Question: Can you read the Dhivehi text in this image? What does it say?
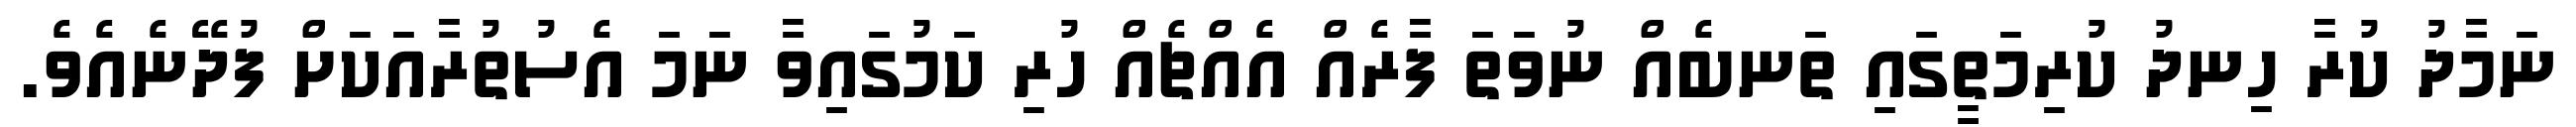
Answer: ނަމާދު ކުރާ ހިނދު ކުރިމަތީގައި ތަނބެއް ނުވަތަ ފާރެއް އެއްޗެއް ހުރި ކަމުގައިވާ ނަމަ އެސުތުރާއަކަށް ފުދޭނެއެވެ.